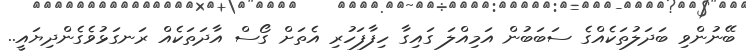
ބޭނުންވި ބަދަލުތަކެއްގެ ސަބަބުން އަމިއްލަ ގައިގާ ހިފާފަހުރި އެތަށް ގޯސް އާދަތަކެއް ރަނގަޅުވެގެންދިޔައީ..